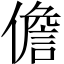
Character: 儋